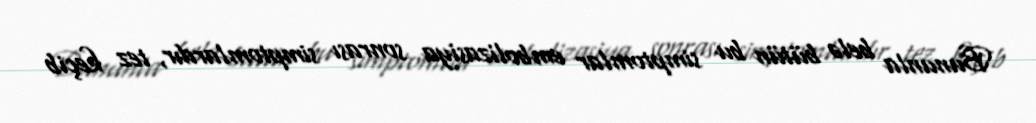
Bununla belə bütün bu simptomlar embolizasiya sonrası simptomlardır, tez keçib